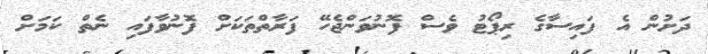
ދަށުން އެ ފައިސާގެ ރިޕޯޓު ވެސް ފޮނުވަންޖެހޭ ފަރާތްތަކަށް ފޮނުވާފައި ނެތް ކަމަށް